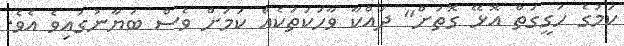
ކަމުގެ ހަގީގަތް އޮޅޭ ގޮތަށް" ދައްކާ ވާހަކަތަކެއް ކަމަށް ވެސް ބަޔާނުގައިވެ އެވެ.